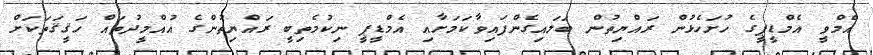
އެމްވީ އެމްޑީޕީގެ ހުށަހެޅުން ރައްޔިތުން ބަލައިގެންފައިވާކަމަށާއި އެމްޑީޕީ ނިކުމެތިބީ ރައްޔިތުންގެ އުއްމީދުތައް ހަޤީޤަތަކަށް